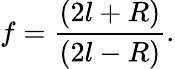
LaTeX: f=\frac{(2l+R)}{(2l-R)}.